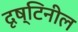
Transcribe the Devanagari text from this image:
दृष्टिनील